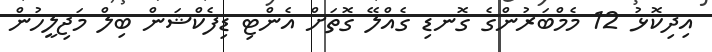
އިދިކޮޅު 12 މެމްބަރުންގެ ގޮނޑި ގެއްލޭ ގޮތަށް އެންޓި ޑިފެކްޝަން ބިލް މަޖިލީހުން